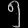
Digit: ၅